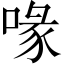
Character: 喙